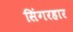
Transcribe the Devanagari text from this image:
सिंगरहार